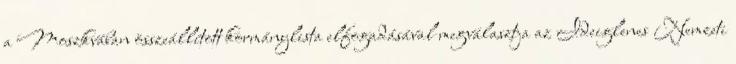
a Moszkvában összeállított kormánylista elfogadásával megválasztja az Ideiglenes Nemzeti